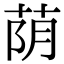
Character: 荫